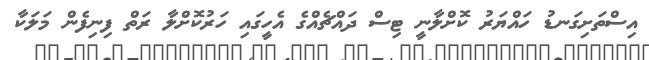
އިސްތަށިގަނޑު ހައްޔަރު ކޮށްލާނީ ޓިސް ދައްޗެއްގެ އެހީގައި ހަރުކޮށްލާ ރަތް ފިނިފެން މަލަކާ